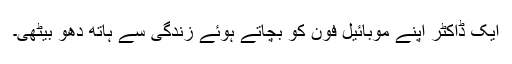
ایک ڈاکٹر اپنے موبائیل فون کو بچاتے ہوئے زندگی سے ہاتھ دھو بیٹھی۔